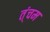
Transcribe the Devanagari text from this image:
त्ंचम